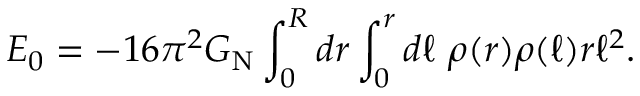
E _ { 0 } = - 1 6 \pi ^ { 2 } G _ { \mathrm { N } } \int _ { 0 } ^ { R } d r \int _ { 0 } ^ { r } d \ell \ \rho ( r ) \rho ( \ell ) r \ell ^ { 2 } .